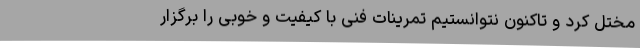
مختل کرد و تاکنون نتوانستیم تمرینات فنی با کیفیت و خوبی را برگزار